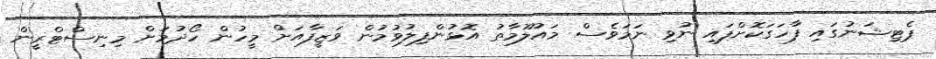
ޕެޓިޝަނުގައި ފާހަގަކޮށްފައި ނުވި ނަމަވެސް މައުލޫމާތު އޮޅުންފިލުވުމުން ވަޒީފާއަށް މީހުން ހޯދުމަށް މިނިސްޓްރީން